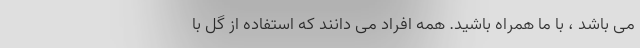
می باشد ، با ما همراه باشید. همه افراد می دانند که استفاده از گل با